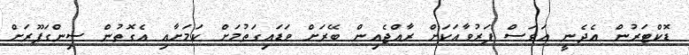
ޑޮކްޓަރުން އެދެނީ އަވަސް ފަރުވާއަކަށް ރާއްޖެއިން ބޭރަށް ވަޑައިގަތުމަށް ކަމަށާއި އެގޮތުން ސިންގަޕޫރަށް